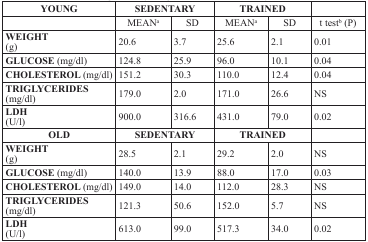
| YOUNG | <COLSPAN=2> SEDENTARY | <COLSPAN=2> TRAINED |  |
 | --- | --- | --- | --- | --- | --- |
 |  | MEANa | SD | MEANa | SD | t testb (P) |
 | WEIGHT (g) | 20.6 | 3.7 | 25.6 | 2.1 | 0.01 |
 | GLUCOSE (mg/dl) | 124.8 | 25.9 | 96.0 | 10.1 | 0.04 |
 | CHOLESTEROL (mg/dl) | 151.2 | 30.3 | 110.0 | 12.4 | 0.04 |
 | TRIGLYCERIDES (mg/dl) | 179.0 | 2.0 | 171.0 | 26.6 | NS |
 | LDH (U/l) | 900.0 | 316.6 | 431.0 | 79.0 | 0.02 |
 | OLD | <COLSPAN=2> SEDENTARY | <COLSPAN=2> TRAINED |  |
 | WEIGHT (g) | 28.5 | 2.1 | 29.2 | 2.0 | NS |
 | GLUCOSE (mg/dl) | 140.0 | 13.9 | 88.0 | 17.0 | 0.03 |
 | CHOLESTEROL (mg/dl) | 149.0 | 14.0 | 112.0 | 28.3 | NS |
 | TRIGLYCERIDES (mg/dl) | 121.3 | 50.6 | 152.0 | 5.7 | NS |
 | LDH (U/l) | 613.0 | 99.0 | 517.3 | 34.0 | 0.02 |